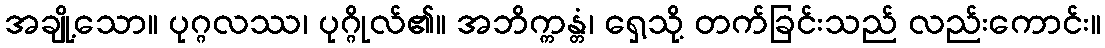
အချို့သော။ ပုဂ္ဂလဿ၊ ပုဂ္ဂိုလ်၏။ အဘိက္ကန္တံ၊ ရှေ့သို့ တက်ခြင်းသည် လည်းကောင်း။